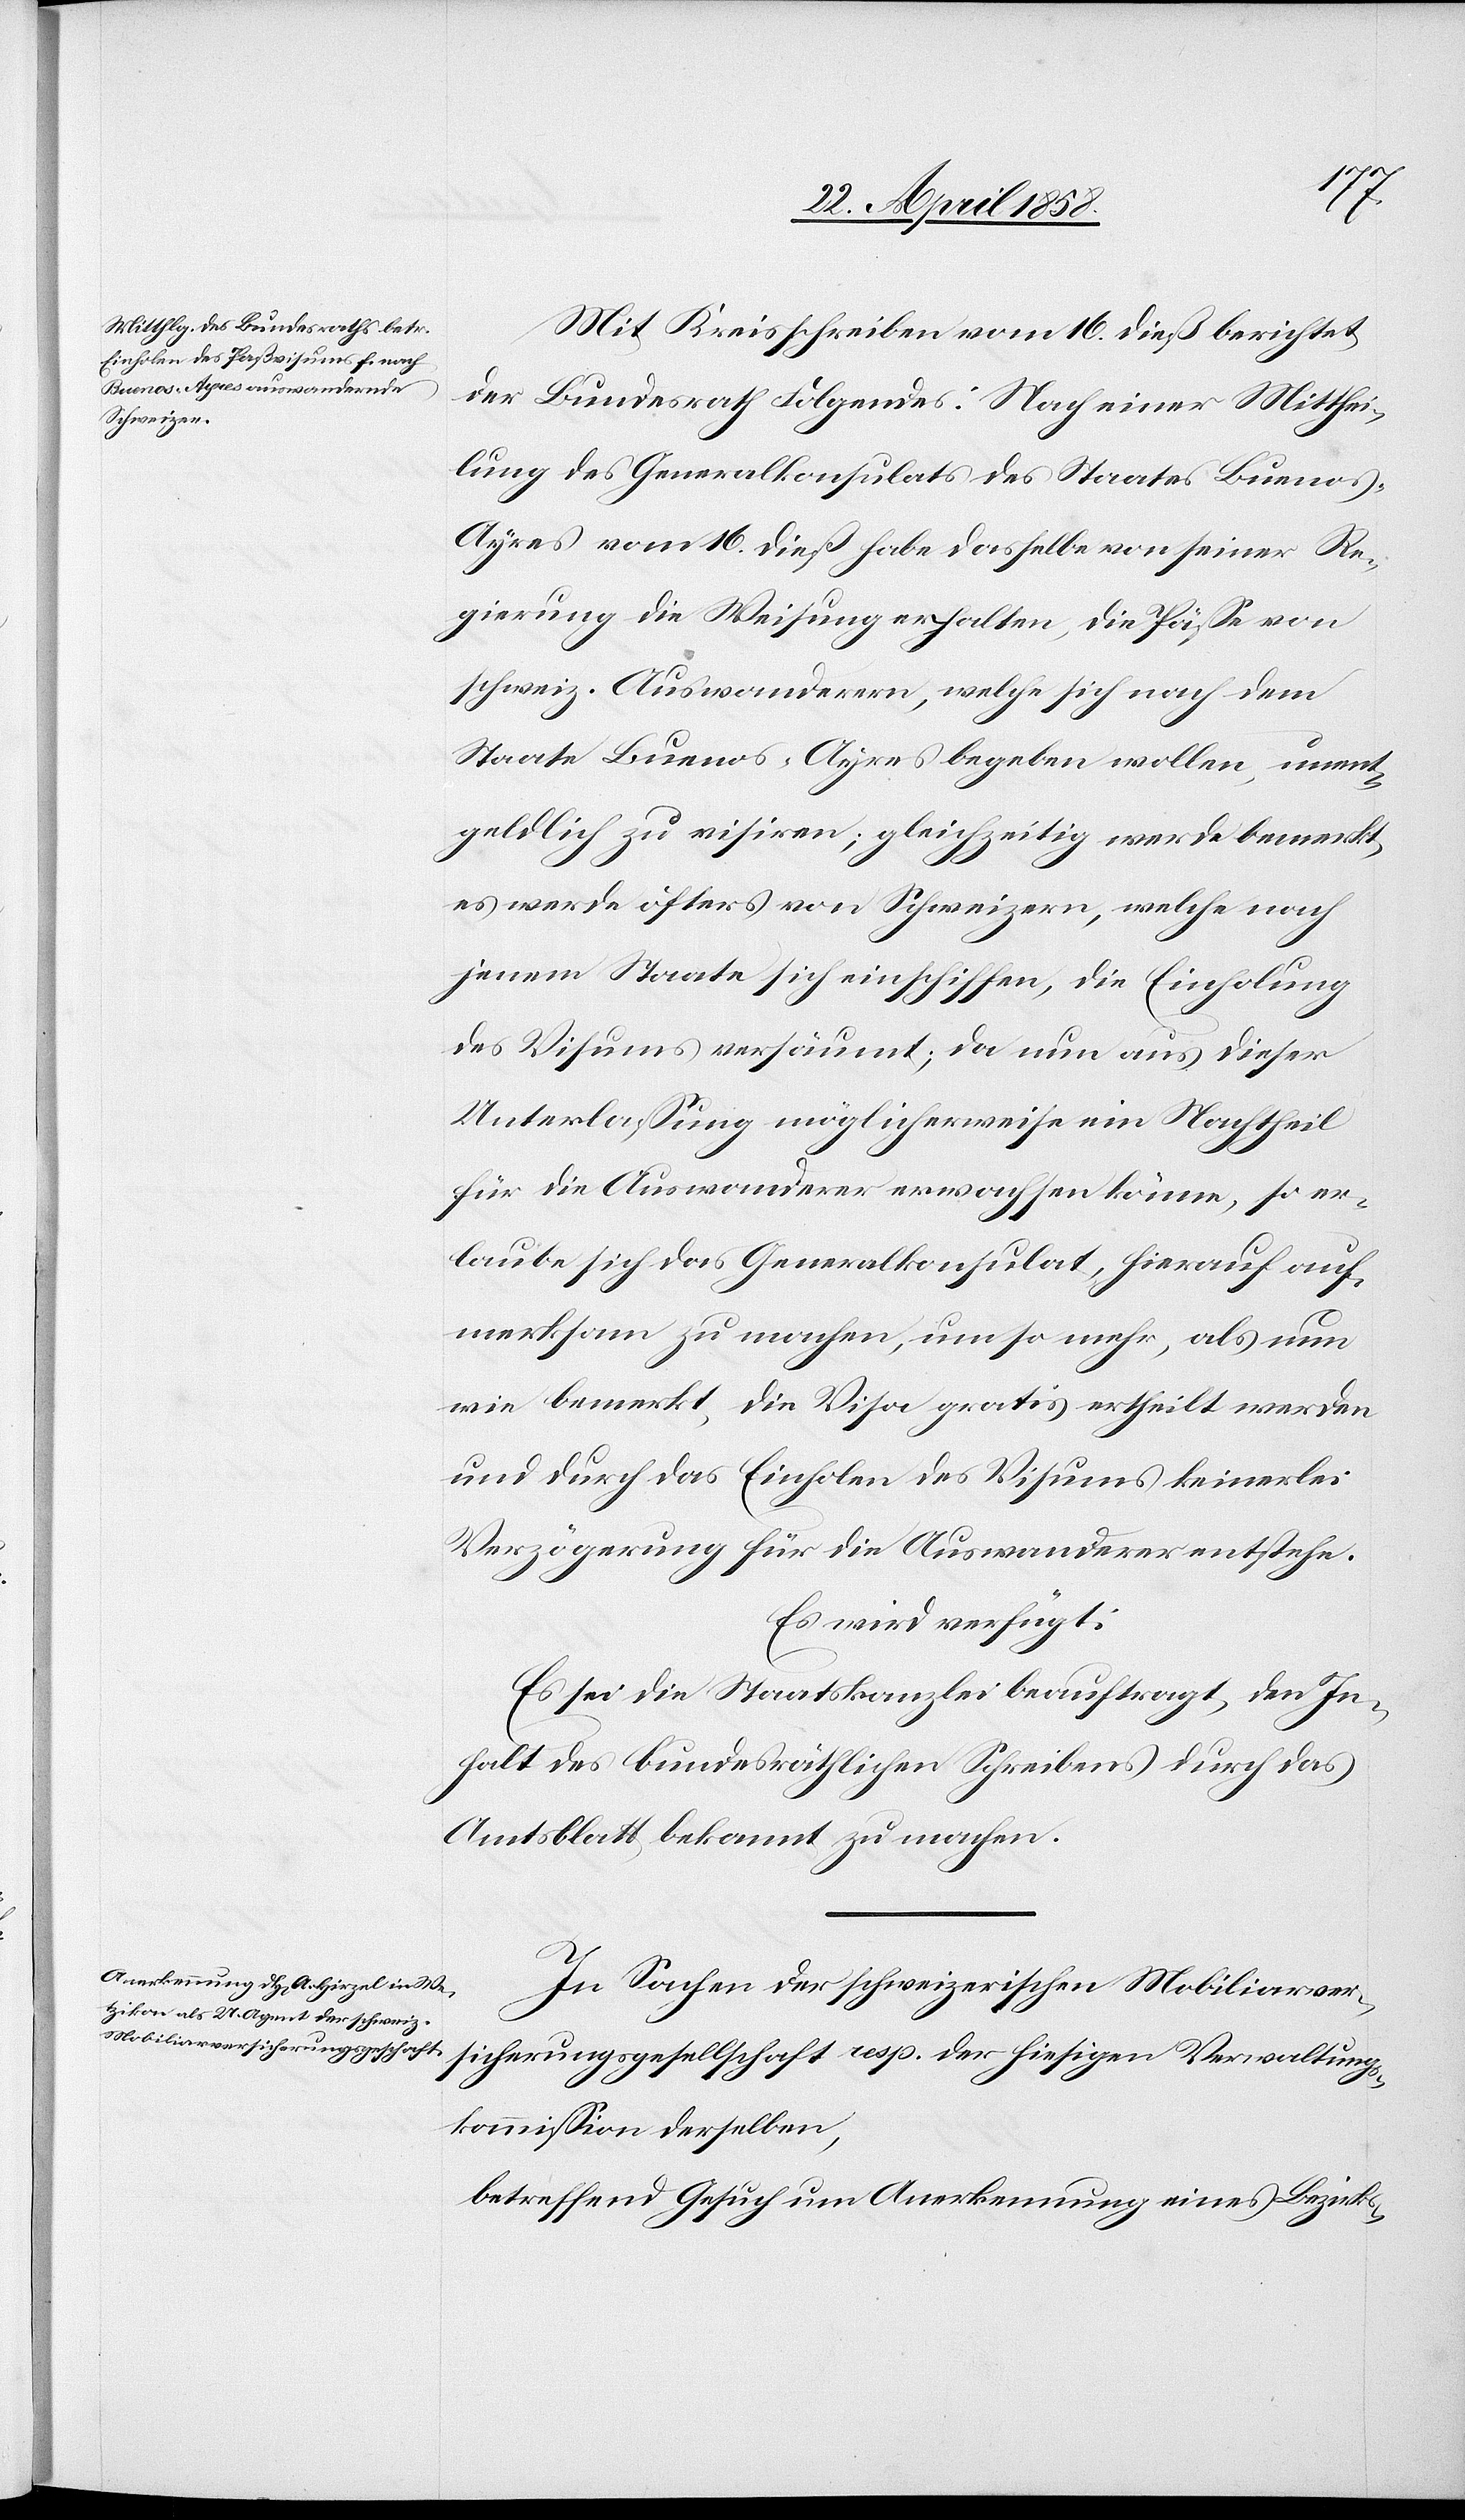
Mit Kreisschreiben vom 16. dieß berichtet
hiesigen Verwaltungs¬
der
der Bundesrath Folgendes: Nach einer Mitthei¬
lung des Generalkonsulats des Staates Buenos-A¬
yres vom 16. dieß habe dasselbe von seiner Re¬
gierung die Weisung erhalten, die Pässe von
schweiz. Auswanderern, welche sich nach dem
Staate Buenos-Ayres begeben wollen, unent¬
geldlich zu visiren; gleichzeitig werde bemerkt,
es werde öfters von Schweizern, welche nach
jenem Staate sich einschiffen, die Einholung
des Visums versäumt; da nun aus dieser
Unterlassung möglicherweise ein Nachtheil
für die Auswanderer erwachsen könne, so er¬
laube sich das Generalkonsulat, hierauf auf¬
merksam zu machen, um so mehr, als nun
wie bemerkt, die Visa gratis ertheilt werden
und durch das Einholen des Visums keinerlei
Verzögerung für die Auswanderer entstehe.
Es wird verfügt:
Es sei die Staatskanzlei beauftragt, den In¬
halt des bundesräthlichen Schreibens durch das
Amtsblatt bekannt zu machen.
In Sachen der schweizerischen Mobiliarver¬
kommission derselben,
betreffend Gesuch um Anerkennung eines Bezirks-